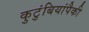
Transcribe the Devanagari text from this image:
कुटुंबियांपैकी